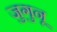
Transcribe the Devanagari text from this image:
जुगुनू